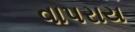
વાપરાય